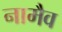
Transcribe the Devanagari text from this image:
नामैव